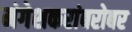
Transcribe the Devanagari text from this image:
मंगेशकरांबरोबर